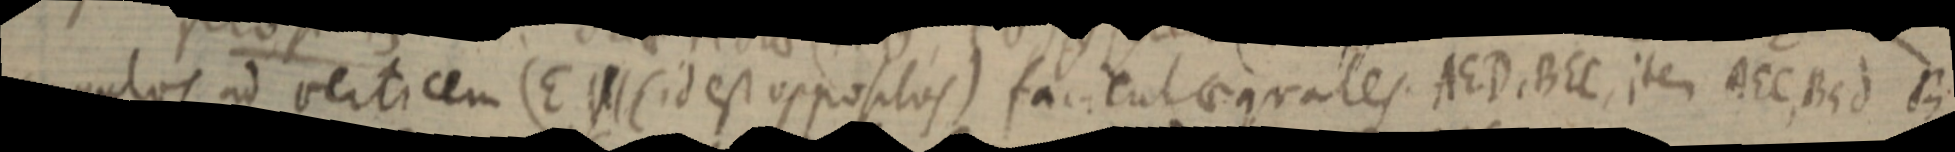
angulos ad verticem (E _ (id est oppositos) facient aequales AED, BEC, item AEC, BEd B